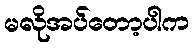
မလိုအပ်တော့ပါက